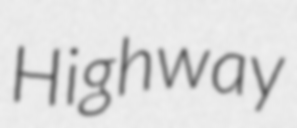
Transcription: Highway